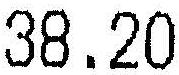
38.20